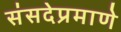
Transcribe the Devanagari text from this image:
संसदेप्रमाणे